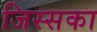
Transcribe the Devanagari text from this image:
जिस्सका